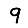
Digit: 9